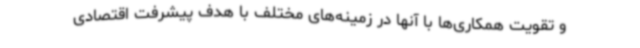
و تقویت همکاری‌ها با آنها در زمینه‌های مختلف با هدف پیشرفت اقتصادی